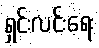
ရှင်းလင်းရေး